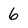
Character: 6